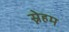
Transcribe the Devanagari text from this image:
स्नेहम